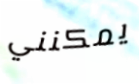
يمكنني